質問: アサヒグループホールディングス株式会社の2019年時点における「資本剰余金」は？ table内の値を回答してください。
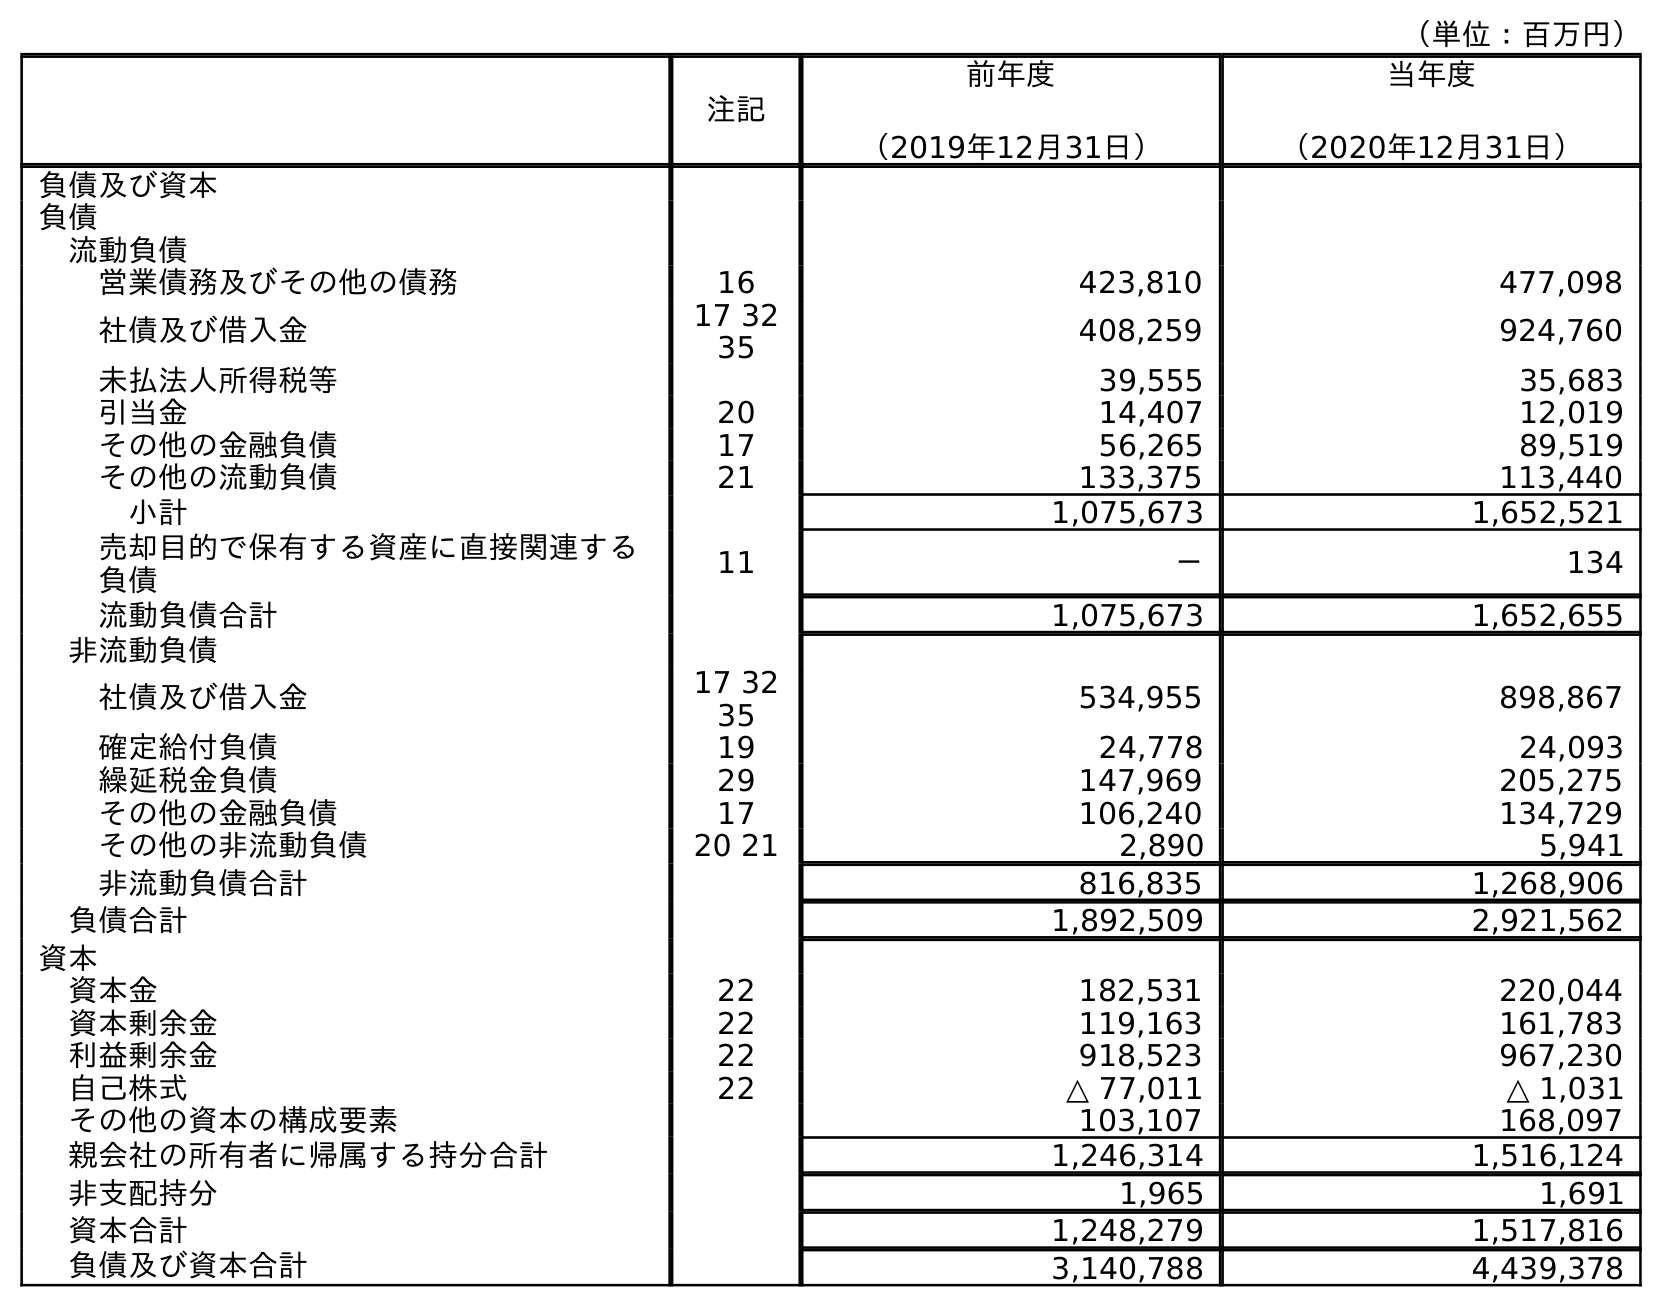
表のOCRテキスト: （単位：百万円） 注記 前年度 （2019年12月31日） 当年度 （2020年12月31日） 負債及び資本 負債 流動負債 営業債務及びその他の債務 16 423,810 477,098 社債及び借入金 17 32 35 408,259 924,760 未払法人所得税等 39,555 35,683 引当金 20 14,407 12,019 その他の金融負債 17 56,265 89,519 その他の流動負債 21 133,375 113,440 小計 1,075,673 1,652,521 売却目的で保有する資産に直接関連する 負債 11 － 134 流動負債合計 1,075,673 1,652,655 非流動負債 社債及び借入金 17 32 35 534,955 898,867 確定給付負債 19 24,778 24,093 繰延税金負債 29 147,969 205,275 その他の金融負債 17 106,240 134,729 その他の非流動負債 20 21 2,890 5,941 非流動負債合計 816,835 1,268,906 負債合計 1,892,509 2,921,562 資本 資本金 22 182,531 220,044 資本剰余金 22 119,163 161,783 利益剰余金 22 918,523 967,230 自己株式 22 △ 77,011 △ 1,031 その他の資本の構成要素 103,107 168,097 親会社の所有者に帰属する持分合計 1,246,314 1,516,124 非支配持分 1,965 1,691 資本合計 1,248,279 1,517,816 負債及び資本合計 3,140,788 4,439,378
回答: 119,163